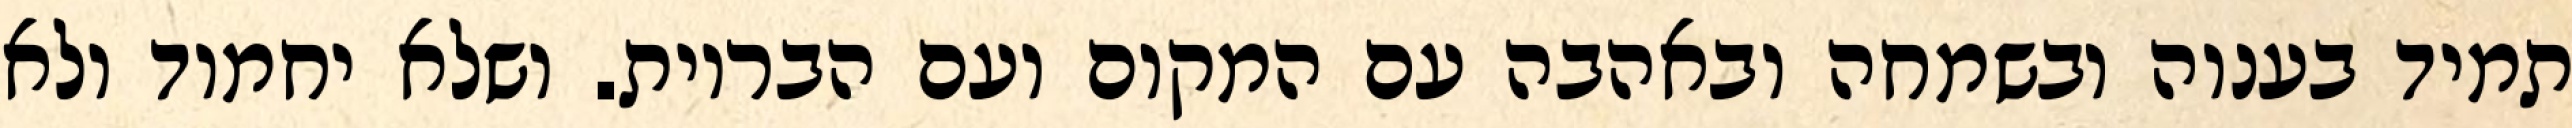
תמיד בענוה ובשמחה ובאהבה עם המקום ועם הבריות. ושלא יחמוד ולא